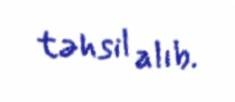
təhsil alıb.